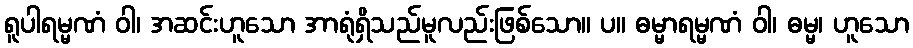
ရူပါရမ္မဏံ ဝါ၊ အဆင်းဟူသော အာရုံရှိသည်မူလည်းဖြစ်သော။ ပ။ ဓမ္မာရမ္မဏံ ဝါ၊ ဓမ္မ၊ ဟူသော